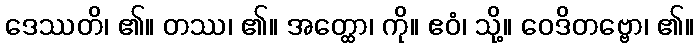
ဒေဿတိ၊ ၏။ တဿ၊ ၏။ အတ္ထော၊ ကို။ ဧဝံ၊ သို့။ ဝေဒိတဗ္ဗော၊ ၏။